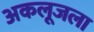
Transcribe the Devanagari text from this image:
अकलूजला